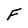
Character: F